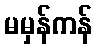
မမှန်ကန်